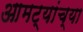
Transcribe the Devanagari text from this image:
आमट्यांच्या